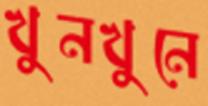
খুনখুনে